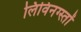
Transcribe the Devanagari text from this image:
लिविनग्स्तों